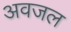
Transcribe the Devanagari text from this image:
अवजल